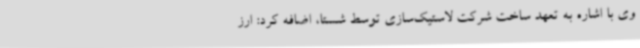
وی با اشاره به تعهد ساخت شرکت لاستیک‌سازی توسط شستا، اضافه کرد: ارز